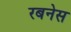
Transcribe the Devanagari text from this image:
रबनेस